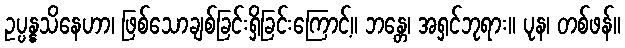
ဥပ္ပန္နသိနေဟာ၊ ဖြစ်သောချစ်ခြင်းရှိခြင်းကြောင့်။ ဘန္တေ၊ အရှင်ဘုရား။ ပုန၊ တစ်ဖန်။